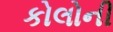
કોલોની